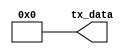
module pop_source(
tx_data
);



output [15:0] tx_data;

reg m_tx_data;


assign tx_data = m_tx_data;


always@(*)
begin
    m_tx_data <= 16'b0001010010000100;
end

endmodule